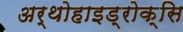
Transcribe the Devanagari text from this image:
अर्थोहाइड्रोक्सि